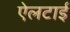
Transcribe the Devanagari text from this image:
ऐलटाई